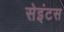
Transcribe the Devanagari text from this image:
सेइंटस